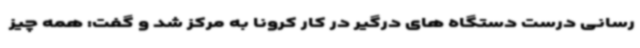
رسانی درست دستگاه های درگیر در کار کرونا به مرکز شد و گفت: همه چیز